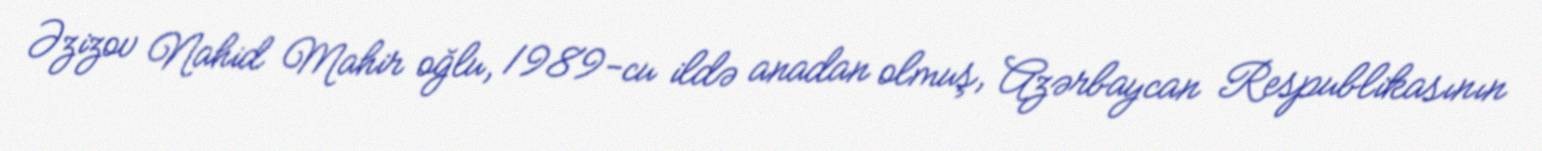
Əzizov Nahid Mahir oğlu, 1989-cu ildə anadan olmuş, Azərbaycan Respublikasının